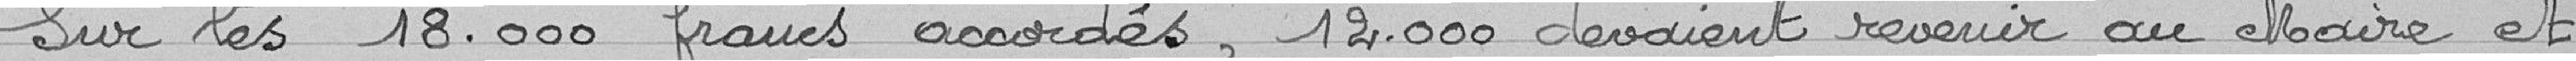
Sur les 18.000 francs accordés, 12.000 devaient revenir au Maire et